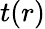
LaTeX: t(r)